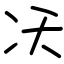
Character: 㓇